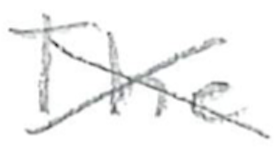
Text: The
Cross-out: mix
Writing tool: pencil